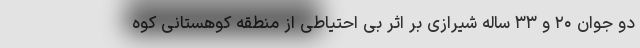
دو جوان ۲۰ و ۳۳ ساله شیرازی بر اثر بی احتیاطی از منطقه کوهستانی کوه